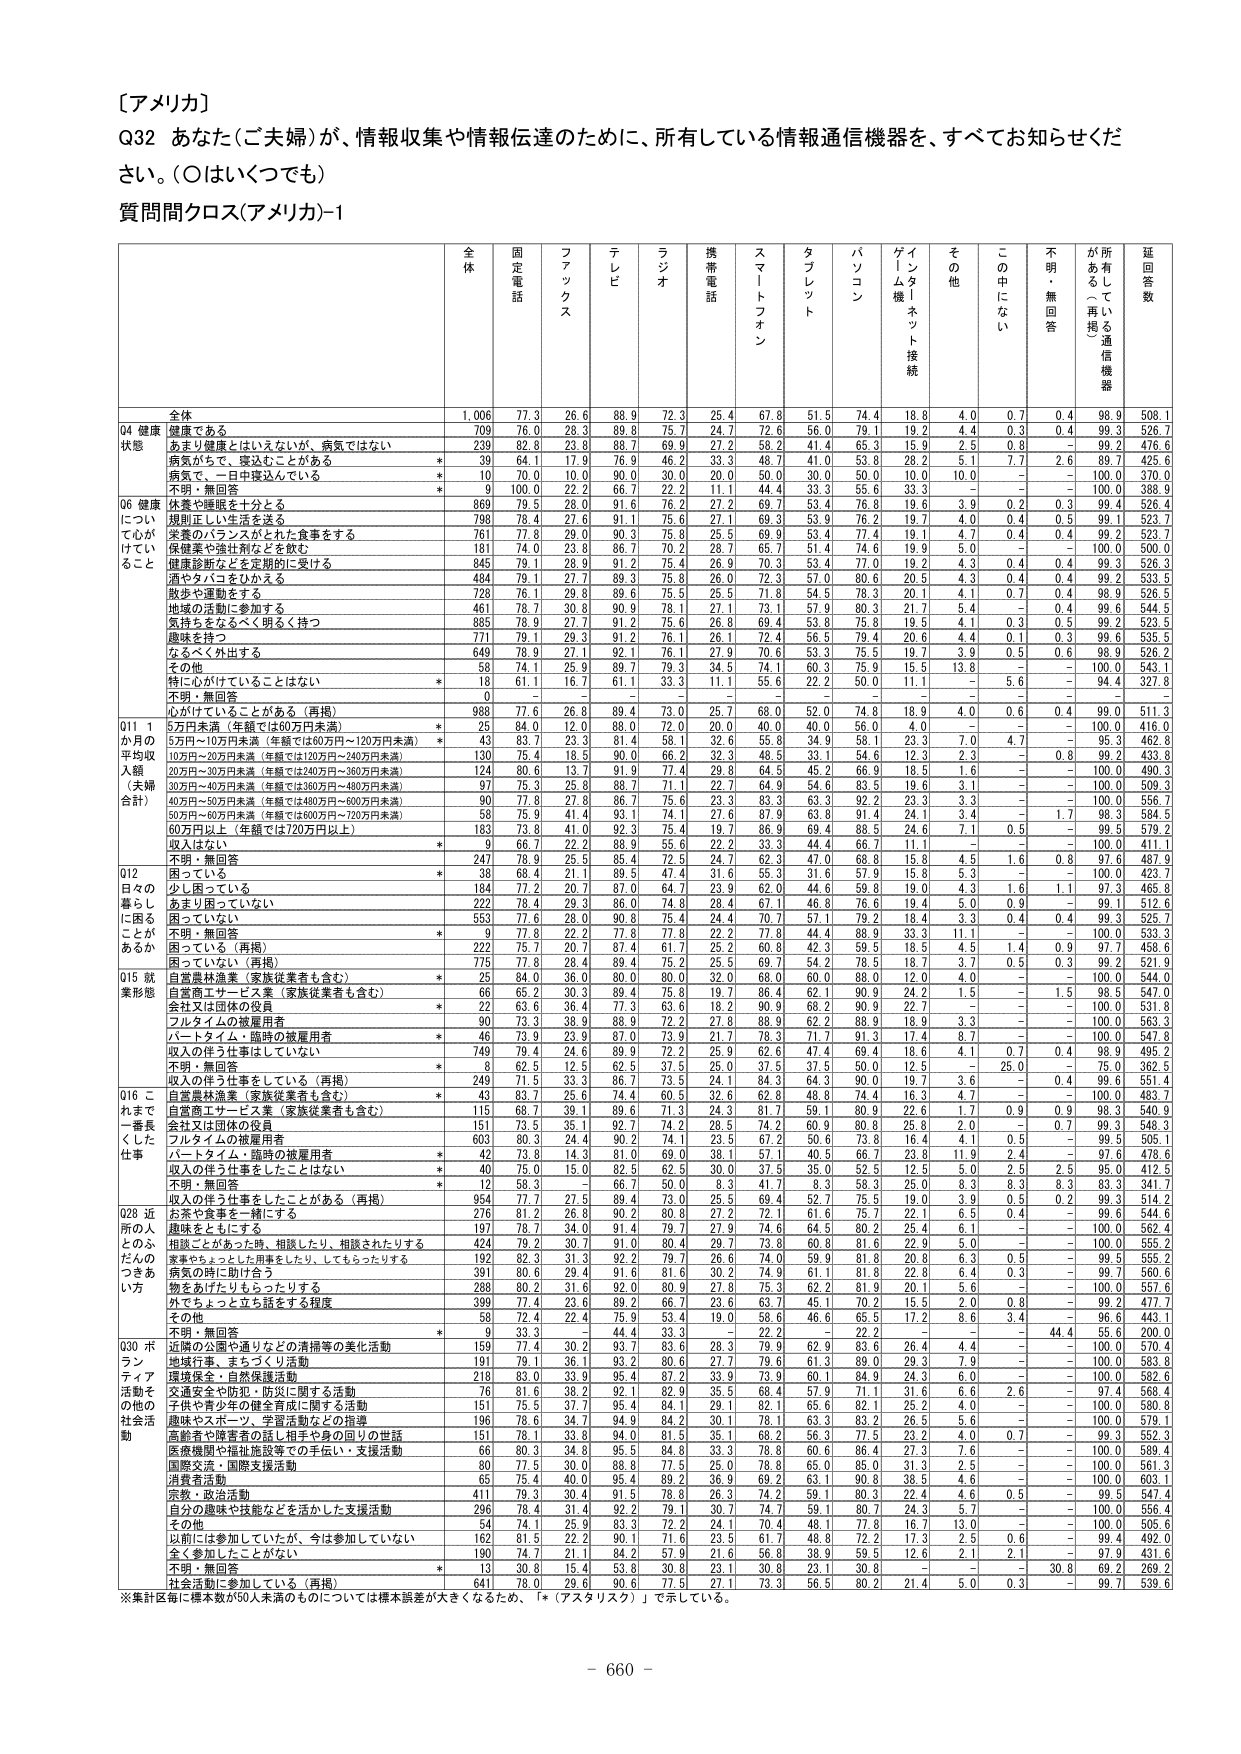
［アメリカ］
Q32 あなた（ご夫婦）が、情報収集や情報伝達のために、所有している情報通信機器を、すべてお知らせください。（○はいくつでも）
質問間クロス（アメリカ）-1

全 体
固定電話
ファックス
テレビ
ラジオ
携帯電話
スマートフォン
タブレット
パソコン
ゲートム機［ネット接続］
その他
この中にない
不明・無回答
が所有している（再掲）通信機器
延回答数

全体
1,006
77.3
26.6
88.9
72.3
25.4
67.8
51.5
74.4
18.8
4.0
0.7
0.4
98.9
508.1

04 健康状態
健康である
709
76.0
28.3
89.8
75.7
24.7
72.6
56.0
79.1
19.2
4.4
0.3
0.4
99.3
526.7
あまり健康とはいえないが、病気ではない
239
82.8
23.8
88.7
69.9
27.2
58.2
41.4
65.3
15.9
2.5
0.8
－
99.2
476.6
病気がある、寝込むことがある
*
39
64.1
17.9
76.9
46.2
33.3
48.7
41.0
53.8
28.2
5.1
7.7
2.6
89.7
425.6
病気で、一日中寝込んでいる
*
10
70.0
10.0
90.0
30.0
20.0
50.0
30.0
50.0
10.0
10.0
－
－
100.0
370.0
不明・無回答
*
9
100.0
22.2
66.7
22.2
11.1
44.4
33.3
55.6
33.3
－
－
－
100.0
388.9

06 健康について心がけていること
休養や睡眠を十分とる
869
79.5
28.0
91.6
76.2
27.2
69.7
53.4
76.8
19.6
3.9
0.2
0.3
99.4
526.4
規則正しい生活を送る
798
78.4
27.6
91.1
75.6
27.1
69.3
53.9
76.2
19.7
4.0
0.4
0.5
99.1
523.7
栄養のバランスがとれた食事をする
761
77.8
29.0
90.3
75.8
25.5
69.9
53.4
77.4
19.1
4.7
0.4
0.4
99.2
523.7
保健薬や強壮剤などを飲む
181
74.0
23.8
86.7
70.2
28.7
65.7
51.4
74.6
19.9
5.0
－
－
100.0
500.0
健康診断などを定期的に受ける
845
79.1
28.9
91.2
75.4
26.9
70.3
53.4
77.0
19.2
4.3
0.4
0.4
99.3
526.3
酒やタバコをひかえる
484
79.1
27.7
89.3
75.8
26.0
72.3
57.0
80.6
20.5
4.3
0.4
0.4
99.2
533.5
散歩や運動をする
728
76.1
29.8
89.6
75.5
25.5
71.8
54.5
78.3
20.1
4.1
0.7
0.4
98.9
526.5
地域の活動に参加する
461
78.7
30.8
90.9
78.1
27.1
73.1
57.9
80.3
21.7
5.4
－
0.4
99.6
544.5
気持ちをなるべく明るく持つ
865
78.9
27.7
91.2
75.6
26.8
69.4
53.8
75.8
19.5
4.1
－
0.5
99.2
523.3
趣味を持つ
771
79.1
29.3
91.2
76.1
26.1
72.4
56.5
79.4
20.6
4.4
0.1
0.3
99.6
535.5
なるべく外出する
649
78.9
27.1
92.1
76.1
27.9
70.6
53.3
75.5
19.7
3.9
0.5
0.6
98.9
526.2
その他
58
74.1
25.9
89.7
79.3
34.5
74.1
60.3
75.9
15.5
13.8
－
－
100.0
543.1
特に心がけていることはない
*
18
61.1
16.7
61.1
33.3
11.1
55.6
22.2
50.0
11.1
－
5.6
－
94.4
327.8
不明・無回答
0
－
－
－
－
－
－
－
－
－
－
－
－
－
－

心がけていることがある（再掲）
988
77.6
26.8
89.4
73.0
25.7
68.0
52.0
74.8
18.9
4.0
0.6
0.4
99.0
511.3

011 1か月の平均収入額（夫婦合計）
5万円未満（年額では60万円未満）
*
25
84.0
12.0
88.0
72.0
20.0
40.0
40.0
56.0
4.0
－
－
－
100.0
416.0
5万円～10万円未満（年額では60万円～120万円未満）
*
43
83.7
23.3
81.4
58.1
32.6
55.8
34.9
58.1
23.3
7.0
4.7
－
95.3
462.8
10万円～20万円未満（年額では120万円～240万円未満）
130
75.4
18.5
90.0
66.2
32.3
48.5
33.1
54.6
12.3
2.3
－
0.8
99.2
433.8
20万円～30万円未満（年額では240万円～360万円未満）
124
80.6
13.7
91.9
77.4
29.8
64.5
45.2
66.9
18.5
1.6
－
－
100.0
490.3
30万円～40万円未満（年額では360万円～480万円未満）
97
75.3
25.8
88.7
71.1
22.7
64.9
54.6
83.5
19.6
3.1
－
－
100.0
509.3
40万円～50万円未満（年額では480万円～600万円未満）
90
77.8
27.8
86.7
75.6
23.3
83.3
63.3
92.2
23.3
3.3
－
－
100.0
556.7
50万円～60万円未満（年額では600万円～720万円未満）
58
75.9
41.4
93.1
74.1
27.6
87.9
63.8
91.4
24.1
3.4
－
1.7
98.3
584.5
60万円以上（年額では720万円以上）
163
73.8
41.0
92.3
75.4
19.7
86.9
69.4
88.5
24.6
7.1
0.5
－
99.3
579.2
収入はない
*
9
66.7
22.2
88.9
55.6
22.2
33.3
44.4
66.7
11.1
－
－
－
100.0
411.1
不明・無回答
247
78.9
25.5
85.4
72.5
24.7
62.3
47.0
68.8
15.8
4.5
1.6
0.8
97.6
487.9

012 日々の暮らしに困ることがあるか
困っている
*
38
68.4
21.1
89.5
47.4
31.6
55.3
31.6
57.9
15.8
5.3
－
－
100.0
423.7
少し困っている
184
77.2
20.7
87.0
64.7
23.9
62.0
44.6
59.8
19.0
4.3
1.6
1.1
97.3
465.8
あまり困っていない
222
78.4
29.3
86.0
74.8
28.4
67.1
46.8
76.6
19.4
5.0
0.9
－
99.1
512.6
困っていない
553
77.6
28.0
90.8
75.4
24.4
70.7
57.1
79.2
18.4
3.3
0.4
0.4
99.3
525.7
不明・無回答
*
9
77.8
22.2
77.8
77.8
22.2
77.8
44.4
88.9
33.3
11.1
－
－
100.0
533.3
困っている（再掲）
222
75.7
20.7
87.4
61.7
25.2
60.8
42.3
59.5
18.5
4.5
1.4
0.9
97.7
458.6
困っていない（再掲）
775
77.8
28.4
89.4
75.2
25.5
69.7
54.2
78.5
18.7
3.7
0.5
0.3
99.2
521.9

015 就業形態
自営農林漁業（家族従業者も含む）
*
25
84.0
36.0
80.0
80.0
32.0
68.0
60.0
88.0
12.0
4.0
－
－
100.0
544.0
自営商工サービス業（家族従業者も含む）
66
65.2
30.3
89.4
75.8
19.7
86.4
62.1
90.9
24.2
1.5
－
1.5
98.5
547.0
会社又は団体の役員
*
22
63.6
36.4
77.3
63.6
18.2
90.9
68.2
90.9
22.7
－
－
－
100.0
531.8
フルタイムの被雇用者
90
73.3
38.9
88.9
72.2
27.8
88.9
62.2
88.9
18.9
3.3
－
－
100.0
565.3
パートタイム・臨時の被雇用者
*
46
73.9
23.9
87.0
73.9
21.7
78.3
71.7
91.3
17.4
8.7
－
－
100.0
547.8
収入の伴う仕事をしていない
749
79.4
24.8
89.8
72.9
26.3
69.2
47.4
68.4
18.6
4.1
0.7
0.4
98.9
595.1
不明・無回答
*
8
62.5
12.5
62.5
37.5
25.0
37.5
37.5
50.0
12.5
－
25.0
－
75.0
362.5
収入の伴う仕事をしている（再掲）
249
71.5
33.3
86.7
73.5
24.1
84.3
64.3
90.0
19.7
3.6
－
0.4
99.6
551.4

016 これまで一番長くした仕事
自営農林漁業（家族従業者も含む）
*
43
83.7
25.6
74.4
60.5
32.6
62.8
48.8
74.4
16.3
4.7
－
－
100.0
483.7
自営商工サービス業（家族従業者も含む）
115
68.7
39.1
89.6
71.3
24.3
81.7
59.1
80.9
22.6
1.7
0.9
0.9
98.3
540.9
会社又は団体の役員
151
73.5
35.1
92.7
74.2
28.5
74.2
60.9
80.8
25.8
2.0
－
0.7
99.3
548.3
フルタイムの被雇用者
603
80.3
24.4
90.2
74.1
23.5
67.2
50.6
73.8
16.4
4.1
0.5
－
99.5
505.1
パートタイム・臨時の被雇用者
*
42
73.8
14.3
81.0
69.0
38.1
57.1
40.5
66.7
23.8
11.9
2.4
－
97.6
478.6
収入の伴う仕事をしたことはない
*
40
75.0
15.0
82.5
62.5
30.0
37.5
35.0
52.5
12.5
5.0
2.5
2.5
95.0
412.5
不明・無回答
*
12
58.3
－
66.7
50.0
8.3
41.7
8.3
58.3
25.0
8.3
8.3
8.3
83.3
341.7
収入の伴う仕事をしたことがある（再掲）
954
77.7
27.5
89.4
73.0
25.5
69.4
52.7
75.5
19.0
3.9
0.5
0.2
99.3
514.2

028 近所の人とのふだんのつきあい方
お茶や食事を一緒にする
276
81.2
26.8
90.2
80.8
27.2
72.1
61.6
75.7
22.1
6.5
0.4
－
99.6
544.6
趣味をともにする
197
78.7
34.0
91.4
78.7
27.9
74.6
64.5
80.2
25.4
6.1
－
－
100.0
562.4
相談ごとがあった時、相談したり、相談されたりする
424
79.2
30.7
91.0
80.4
29.7
73.8
60.8
81.6
22.9
5.0
－
－
99.5
555.2
食事やお茶ごとにお伺いをしたり、してもらったりする
192
82.3
21.3
92.2
79.7
26.6
74.0
59.9
81.8
20.8
6.3
0.5
－
99.5
555.2
病気の時に助け合う
391
80.6
29.4
91.6
81.6
30.2
74.9
61.1
81.8
22.8
6.4
0.3
－
99.7
560.6
物をあげたりもらったりする
288
80.2
31.6
92.0
80.9
27.8
75.3
62.2
81.9
20.1
5.6
－
－
100.0
557.6
外でちょっと立ち話をする程度
399
77.4
23.6
89.2
66.7
23.6
63.7
45.1
70.2
15.5
2.0
0.8
－
99.2
477.7
その他
58
72.4
22.4
75.9
53.4
19.0
58.6
46.6
65.5
17.2
8.6
3.4
－
96.6
443.1
不明・無回答
*
9
33.3
－
44.4
33.3
－
22.2
－
22.2
－
－
－
44.4
55.6
200.0

030 ボランティア活動その他の社会活動
近隣の公園や通りなどの清掃等の美化活動
159
77.4
30.2
93.7
83.6
28.3
79.9
62.9
83.6
26.4
4.4
－
－
100.0
570.4
地域行事、まちづくり活動
191
79.1
36.1
93.2
80.6
27.7
79.6
61.3
89.0
29.3
7.9
－
－
100.0
583.8
環境保全・自然保護活動
218
83.0
33.9
95.4
87.2
33.9
73.9
60.1
84.9
24.3
6.0
－
－
100.0
582.6
交通安全や防犯・防災に関する活動
76
81.6
38.2
92.1
82.9
35.5
68.4
57.9
71.1
31.6
6.6
2.6
－
97.4
568.4
子供や青少年の健全育成に関する活動
151
75.5
37.7
95.4
84.1
29.1
82.1
65.6
82.1
25.2
4.0
－
－
100.0
580.8
趣味やスポーツ、学習活動などの指導
186
78.6
34.7
94.9
84.2
30.1
78.1
63.3
83.2
26.5
5.6
－
－
100.0
579.1
高齢者や障害者の話し相手や身の回りの世話
151
78.1
33.8
94.0
81.3
35.1
68.2
56.3
77.5
23.2
4.0
0.7
－
99.3
582.3
医療機関や福祉施設等での手伝い・支援活動
66
80.3
24.2
98.5
84.8
33.3
70.0
60.6
80.3
27.3
7.6
－
－
100.0
589.2
国際交流、国際支援活動
80
77.5
30.0
88.8
77.5
25.0
78.8
65.0
85.0
31.3
2.5
－
－
100.0
561.3
消費者活動
65
75.4
40.0
95.4
89.2
36.9
69.2
63.1
90.8
38.5
4.6
－
－
100.0
603.1
宗教・政治活動
411
79.3
30.4
91.5
78.8
26.3
74.2
59.1
80.3
22.4
4.6
0.5
－
99.5
547.4
自分の趣味や技能などを活かした支援活動
296
78.4
31.4
92.2
79.1
30.7
74.7
59.1
80.7
24.3
5.7
－
－
100.0
556.4
その他
54
74.1
25.9
83.3
72.2
24.1
70.4
48.1
77.8
16.7
13.0
－
－
100.0
505.6
以前には参加していたが、今は参加していない
162
81.5
22.2
90.1
71.6
23.5
61.7
48.8
72.2
17.3
2.5
0.6
－
99.4
492.0
全く参加したことがない
190
74.7
21.1
84.2
57.9
21.6
56.8
38.9
59.5
12.6
2.1
2.1
－
97.9
431.6
不明・無回答
*
13
30.8
15.4
53.8
30.8
23.1
30.8
23.1
30.8
－
－
－
30.8
69.2
269.2
社会活動に参加している（再掲）
641
78.0
29.6
90.6
77.5
27.1
73.3
56.5
80.2
21.4
5.0
0.3
－
99.7
539.6

※集計区毎に標本数が50人未満のものについては標本誤差が大きくなるため、「*（アスタリスク）」で示している。

－ 660 －